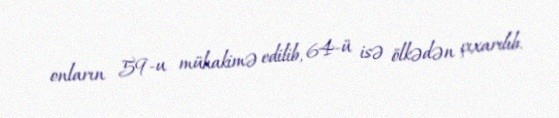
onların 59-u mühakimə edilib, 64-ü isə ölkədən çıxarılıb.